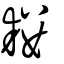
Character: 耬